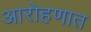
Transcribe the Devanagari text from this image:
आरोहणात